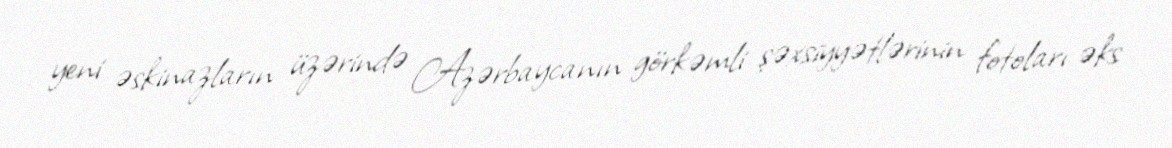
yeni əskinazların üzərində Azərbaycanın görkəmli şəxsiyyətlərinin fotoları əks